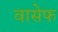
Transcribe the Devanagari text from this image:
वासेफ